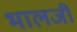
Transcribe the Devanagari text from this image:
भालजीं